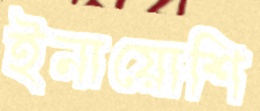
ইনায়োশি